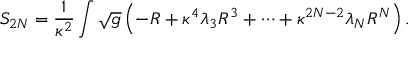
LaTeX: S _ { 2 N } = \frac { 1 } { \kappa ^ { 2 } } \int \sqrt { g } \left( - R + \kappa ^ { 4 } \lambda _ { 3 } R ^ { 3 } + \cdots + \kappa ^ { 2 N - 2 } \lambda _ { N } R ^ { N } \right) .